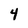
Character: 4